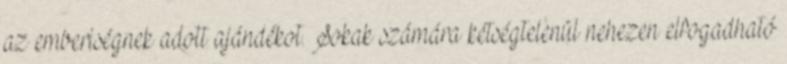
az emberiségnek adott ajándékot. Sokak számára kétségtelenül nehezen elfogadható